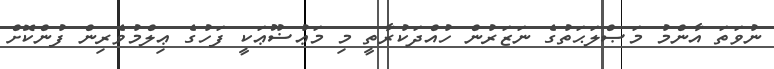
ނުވަތަ އާންމު މަޞްލަޙަތުގެ ނަޒަރުން ހުއްދަކުރާތީ މި މަޢުޟޫޢަކީ ފަހުގެ ޢިލްމުވެރިން ފުންކޮށް